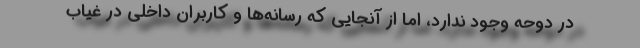
در دوحه وجود ندارد، اما از آنجایی که رسانه‌ها و کاربران داخلی در غیاب